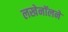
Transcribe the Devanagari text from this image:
लखेनॉलने